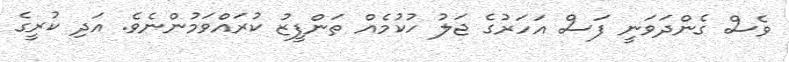
ވެސް ގެންދަވަނީ ފަސް އަހަރުގެ ޖަލު ހުކުމެއް ތަންފީޒު ކުރައްވަމުންނެވެ. އަދި ކުރީގެ